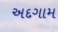
અદગામ